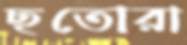
ছতোরা